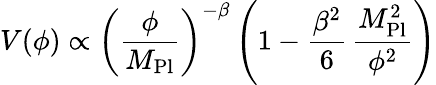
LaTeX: V(\phi)\propto\left(\frac{\phi}{M_{\mathrm{Pl}}}\right)^{-\beta}\left(1-\frac{\beta^{2}}{6}\, \frac{M_{\mathrm{Pl}}^{2}}{\phi^{2}}\right)